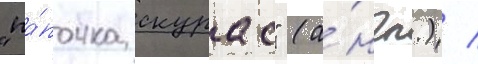
"па́почка скурас" (а́нгл.) /